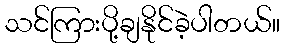
သင်ကြားပို့ချနိုင်ခဲ့ပါတယ်။